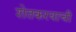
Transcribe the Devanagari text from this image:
शेतकरयाची